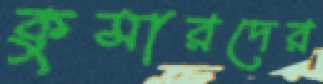
কুমারদের